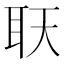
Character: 𦔿